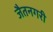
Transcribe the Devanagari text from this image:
जैतनगरी